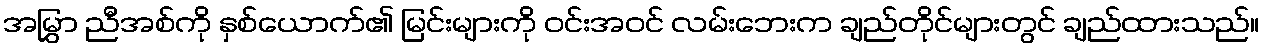
အမြွှာ ညီအစ်ကို နှစ်ယောက်၏ မြင်းများကို ဝင်းအဝင် လမ်းဘေးက ချည်တိုင်များတွင် ချည်ထားသည်။